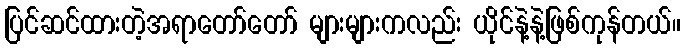
ပြင်ဆင်ထားတဲ့အရာတော်တော် များများကလည်း ယိုင်နဲ့နဲ့ဖြစ်ကုန်တယ်။